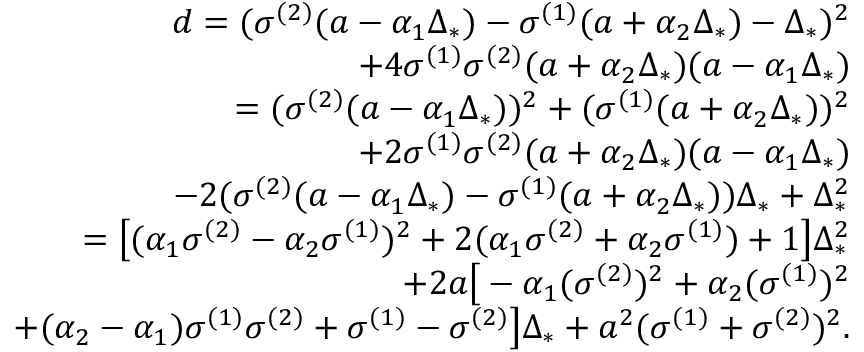
\begin{array} { r } { d = ( \sigma ^ { ( 2 ) } ( a - \alpha _ { 1 } \Delta _ { * } ) - \sigma ^ { ( 1 ) } ( a + \alpha _ { 2 } \Delta _ { * } ) - \Delta _ { * } ) ^ { 2 } } \\ { + 4 \sigma ^ { ( 1 ) } \sigma ^ { ( 2 ) } ( a + \alpha _ { 2 } \Delta _ { * } ) ( a - \alpha _ { 1 } \Delta _ { * } ) } \\ { = ( \sigma ^ { ( 2 ) } ( a - \alpha _ { 1 } \Delta _ { * } ) ) ^ { 2 } + ( \sigma ^ { ( 1 ) } ( a + \alpha _ { 2 } \Delta _ { * } ) ) ^ { 2 } } \\ { + 2 \sigma ^ { ( 1 ) } \sigma ^ { ( 2 ) } ( a + \alpha _ { 2 } \Delta _ { * } ) ( a - \alpha _ { 1 } \Delta _ { * } ) } \\ { - 2 ( \sigma ^ { ( 2 ) } ( a - \alpha _ { 1 } \Delta _ { * } ) - \sigma ^ { ( 1 ) } ( a + \alpha _ { 2 } \Delta _ { * } ) ) \Delta _ { * } + \Delta _ { * } ^ { 2 } } \\ { = \big [ ( \alpha _ { 1 } \sigma ^ { ( 2 ) } - \alpha _ { 2 } \sigma ^ { ( 1 ) } ) ^ { 2 } + 2 ( \alpha _ { 1 } \sigma ^ { ( 2 ) } + \alpha _ { 2 } \sigma ^ { ( 1 ) } ) + 1 \big ] \Delta _ { * } ^ { 2 } } \\ { + 2 a \big [ - \alpha _ { 1 } ( \sigma ^ { ( 2 ) } ) ^ { 2 } + \alpha _ { 2 } ( \sigma ^ { ( 1 ) } ) ^ { 2 } } \\ { + ( \alpha _ { 2 } - \alpha _ { 1 } ) \sigma ^ { ( 1 ) } \sigma ^ { ( 2 ) } + \sigma ^ { ( 1 ) } - \sigma ^ { ( 2 ) } \big ] \Delta _ { * } + a ^ { 2 } ( \sigma ^ { ( 1 ) } + \sigma ^ { ( 2 ) } ) ^ { 2 } . } \end{array}